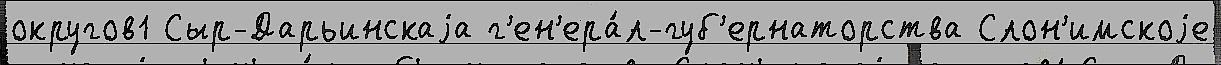
округов1 Сыр-Дарьинскаjа г'ен'ера́л-губ'ернаторства Слон'имскоjе